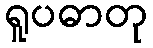
ရူပဓာတု